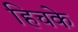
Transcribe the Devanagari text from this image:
हिचके